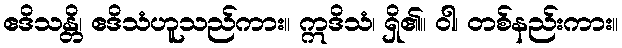
ဧဒိသန္တိ၊ ဧဒိသံဟူသည်ကား။ ဣဒိသံ၊ ရှိ၏။ ဝါ၊ တစ်နည်းကား။